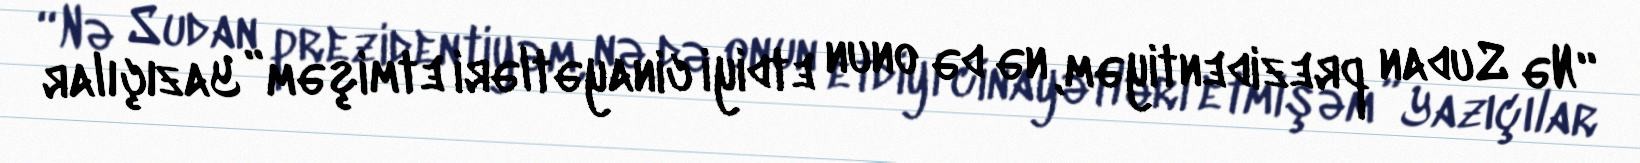
“Nə Sudan prezidentiyəm, nə də onun etdiyi cinayətləri etmişəm” Yazıçılar